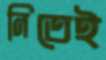
নিতেই